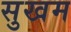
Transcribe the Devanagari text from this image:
सुखम